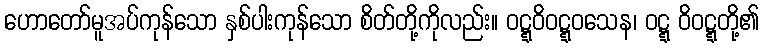
ဟောတော်မူအပ်ကုန်သော နှစ်ပါးကုန်သော စိတ်တို့ကိုလည်း။ ဝဋ္ဋဝိဝဋ္ဋဝသေန၊ ဝဋ္ဋ ဝိဝဋ္ဋတို့၏